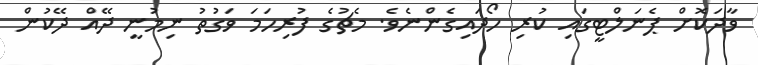
ވާދަކޮށް ޕެނަލްޓީގައި ކުރި ހޯދައިގެންނެވެ. މެޗުގެ ފުރިހަމަ ވަގުތު ނިމުނީ ދޭއް ދޭކުން